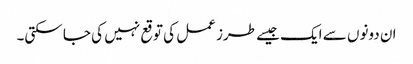
ان دونوں سے ایک جیسے طرز عمل کی توقع نہیں کی جا سکتی۔